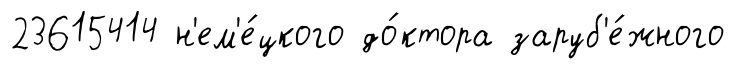
23615414 н'ем'е́цкого до́ктора заруб'е́жного